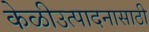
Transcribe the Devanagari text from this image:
केळीउत्पादनासाठी